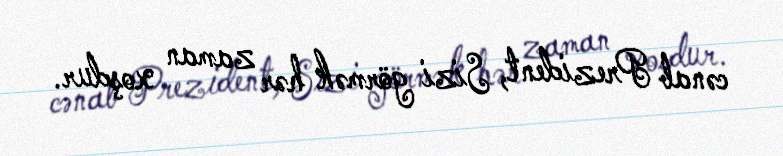
cənab Prezident, Sizi görmək hər zaman xoşdur.